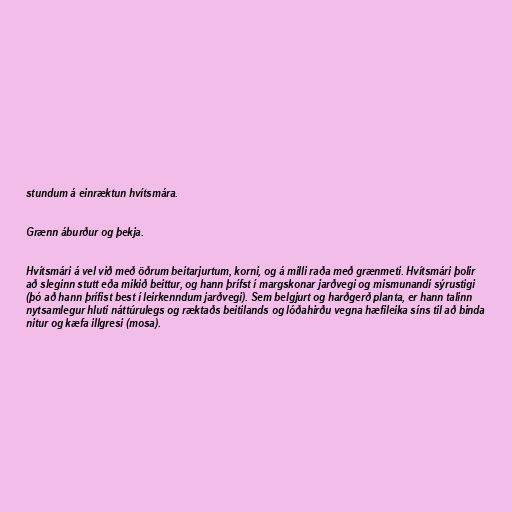
stundum á einræktun hvítsmára.

Grænn áburður og þekja.

Hvítsmári á vel við með öðrum beitarjurtum, korni, og á milli raða með grænmeti. Hvítsmári þolir
að sleginn stutt eða mikið beittur, og hann þrífst í margskonar jarðvegi og mismunandi sýrustigi
(þó að hann þrífist best í leirkenndum jarðvegi). Sem belgjurt og harðgerð planta, er hann talinn
nytsamlegur hluti náttúrulegs og ræktaðs beitilands og lóðahirðu vegna hæfileika síns til að binda
nitur og kæfa illgresi (mosa).